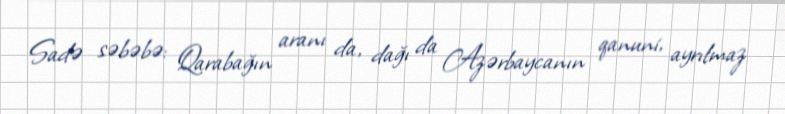
Sadə səbəbə: Qarabağın aranı da, dağı da Azərbaycanın qanuni, ayrılmaz